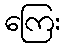
ကြေး